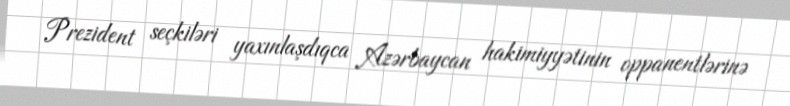
Prezident seçkiləri yaxınlaşdıqca Azərbaycan hakimiyyətinin oppanentlərinə